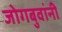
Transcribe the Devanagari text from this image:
जोगबुवांनी